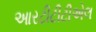
આરટીટીટીએલ